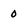
Character: 0